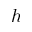
h